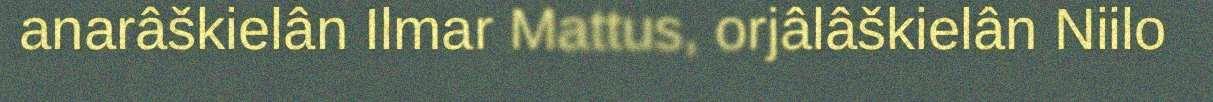
anarâškielân Ilmar Mattus, orjâlâškielân Niilo